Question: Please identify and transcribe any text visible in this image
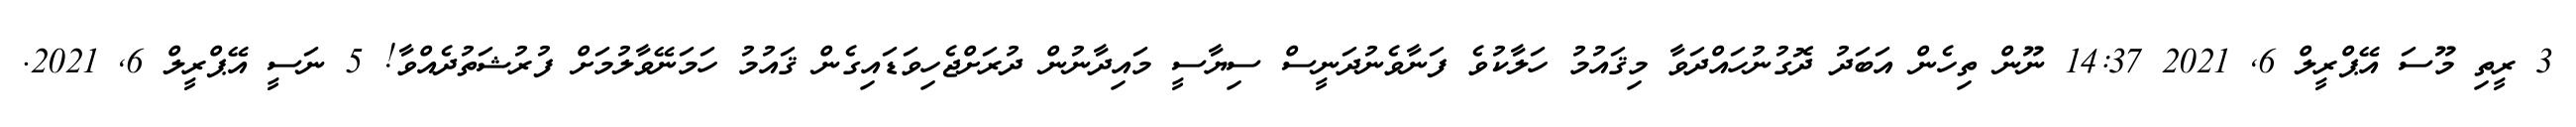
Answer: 3 ރީތި މޫސަ އޭޕްރީލް 6, 2021 14:37 ނޫން ތިހެން އަބަދު ދޮގުނުހައްދަވާ މިޤައުމު ހަލާކުވެ ފަނާވެނުދަނީސް ސިޔާސީ މައިދާނުން ދުރަށްޖެހިވަޑައިގެން ޤައުމު ހަމަނޭވާލުމަށް ފުރުޝަތުދެއްވާ! 5 ނަސީ އޭޕްރީލް 6, 2021.